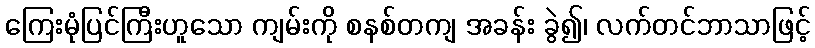
ကြေးမုံပြင်ကြီးဟူသော ကျမ်းကို စနစ်တကျ အခန်း ခွဲ၍၊ လက်တင်ဘာသာဖြင့်